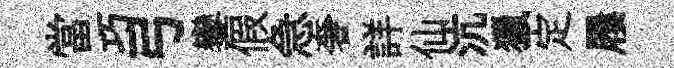
當巧弓鑾假急奢詳仙沆獵定屨